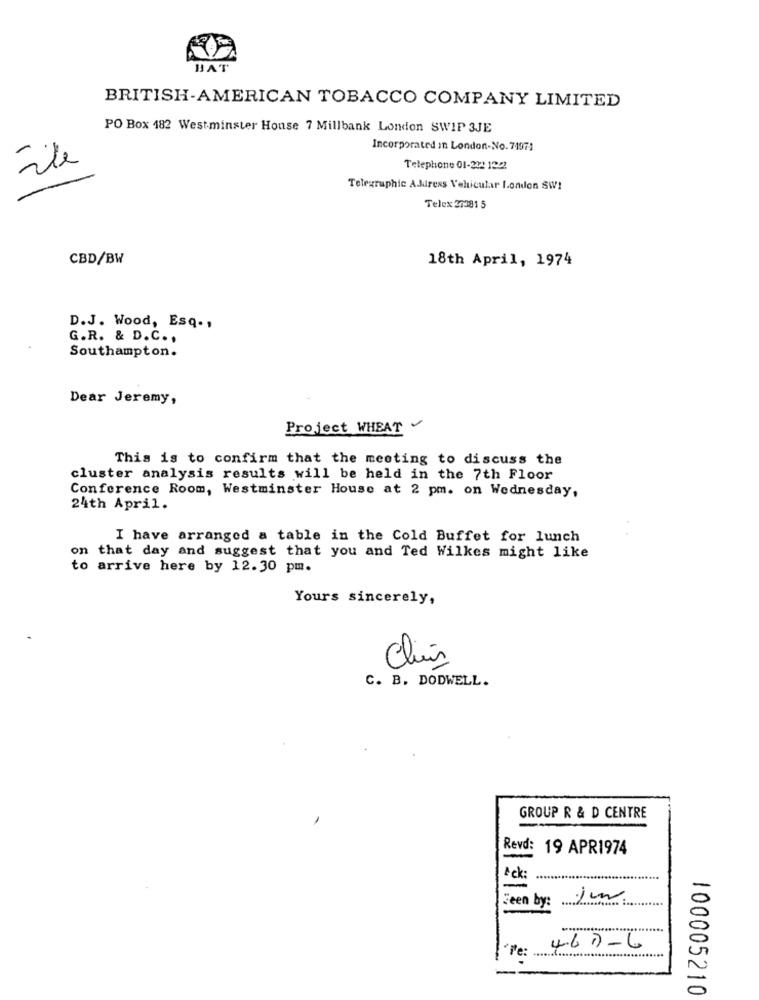
HAT
BRITISH-AMERICAN TOBACCO COMPANY LIMITED
PO Box 182 Westminster House 7 Millbank London SWIP 3JE
Incorporated in London-No. 71971
Tile
Telephone 01-22: 12/2
Telegraphic Address Vehicular London SW!
Telex 27381 5
CBD/BW
18th April, 1974
D.J. Wood, Esq .,
G.R. & D.C .,
Southampton.
Dear Jeremy,
Project WHEAT
This is to confirm that the meeting to discuss the
cluster analysis results will be held in the 7th Floor
Conference Room, Westminster House at 2 pm. on Wednesday,
24th April.
I have arranged a table in the Cold Buffet for lunch
on that day and suggest that you and Ted Wilkes might like
to arrive here by 12.30 pm.
Yours sincerely,
Cluís
C. B. DODWELL.
GROUP R & D CENTRE
Revd: 19 APR1974
=
Ack
-
Jeen by:
................ ...........
*Fe:
4.67-6
100005210